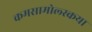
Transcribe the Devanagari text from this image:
कमसामोल्स्कया